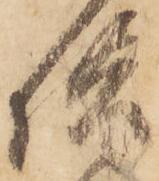
供